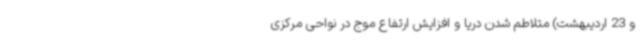
و 23 اردیبهشت) متلاطم شدن دریا و افزایش ارتفاع موج در نواحی مرکزی